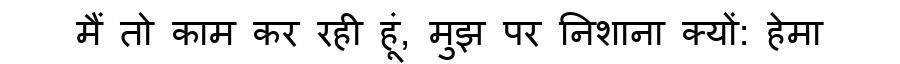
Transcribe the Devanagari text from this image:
मैं तो काम कर रही हूं, मुझ पर निशाना क्यों: हेमा